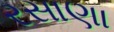
રસાણા